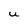
Character: u